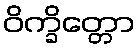
ဝိက္ခိတ္တော